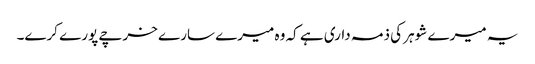
یہ میرے شوہر کی ذمہ داری ہے کہ وہ میرے سارے خرچے پورے کرے۔